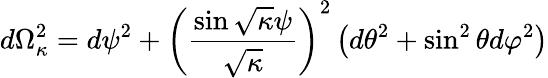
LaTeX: d\Omega_{\kappa}^{2}=d\psi^{2}+\left(\frac{\sin\sqrt{\kappa}\psi}{\sqrt{\kappa}}\right)^{2}\left(d\theta^{2}+\sin^{2}\theta d\varphi^{2}\right)